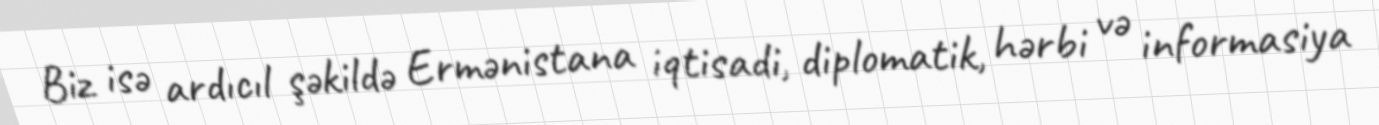
Biz isə ardıcıl şəkildə Ermənistana iqtisadi, diplomatik, hərbi və informasiya